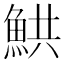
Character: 䱋